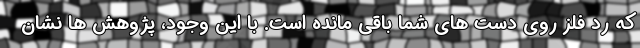
که رد فلز روی دست های شما باقی مانده است. با این وجود، پژوهش ها نشان